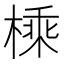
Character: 𪳕